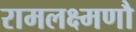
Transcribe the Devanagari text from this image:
रामलक्ष्मणौ